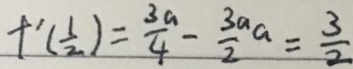
f ^ { \prime } ( \frac { 1 } { 2 } ) = \frac { 3 a } { 4 } - \frac { 3 a } { 2 } a = \frac { 3 } { 2 }